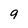
Character: 9